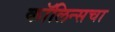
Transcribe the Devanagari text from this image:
कॉलिन्सचा